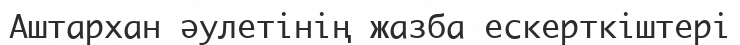
Аштархан әулетінің жазба ескерткіштері